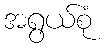
အရွယ်စုံ